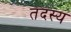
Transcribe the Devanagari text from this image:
तदस्य